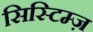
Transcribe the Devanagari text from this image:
सिस्टिम्ज़